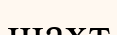
шахт